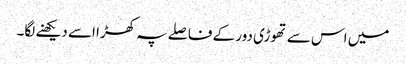
میں اس سے تھوڑی دور کے فاصلے پہ کھڑا اسے دیکھنے لگا۔